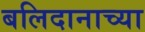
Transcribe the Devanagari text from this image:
बलिदानाच्या